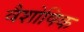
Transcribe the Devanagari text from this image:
वैशोषिक